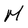
Character: M